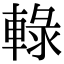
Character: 𨌠